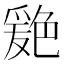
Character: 𦫦